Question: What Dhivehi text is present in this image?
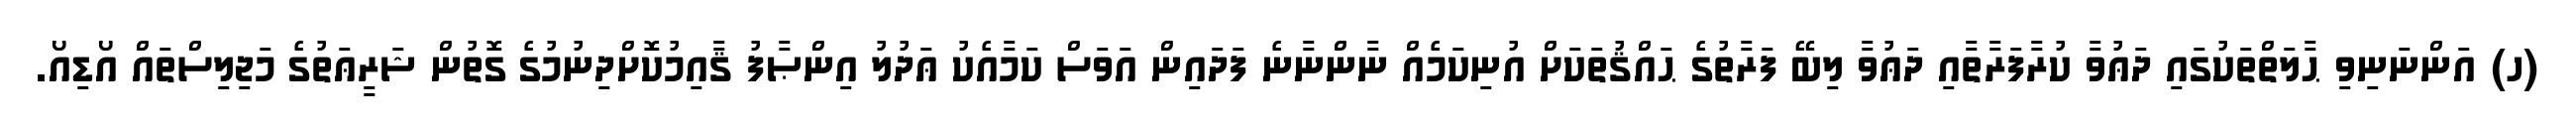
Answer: (ހ) އަންނަނިވި ޙާލަތްތަކުގައި ދަޢުވާ ކުރާފަރާތާއި ދަޢުވާ ލިބޭ ފަރާތުގެ ޙައްޤުތަކަށް އުނިކަމެއް ނާންނާނެ ފަދައިން އަވަސް ކަމާއެކު ޢަދުލު އިންޞާފު ޤާއިމުކޮށްދިނުމުގެ ގޮތުން ޝަރީޢަތުގެ މަޖިލިސްތައް އޯޑިއޯ.